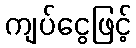
ကျပ်ငွေဖြင့်